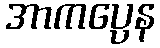
အာကပ္ပေန